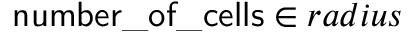
\mathsf { n u m b e r \_ o f \_ c e l l s } \in r a d i u s